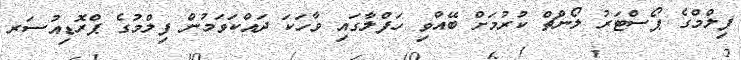
ފިލްމްގެ ޕޯސްޓަރު ލޯންޗް ކުރުމަށް ބޭއްވި ހަފްލާގައި ވާހަކަ ދައްކަވަމުން ފިލްމުގެ ޕްރޮޑިއުސަރ